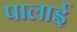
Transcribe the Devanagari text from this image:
पालाई